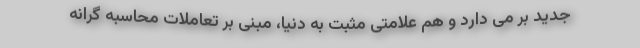
جدید بر می دارد و هم علامتی مثبت به دنیا، مبنی بر تعاملات محاسبه گرانه